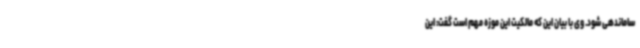
ساماندهی شود. وی با بیان این که مالکیت این موزه مهم است گفت: این